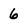
Character: 6